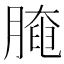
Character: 𦟩